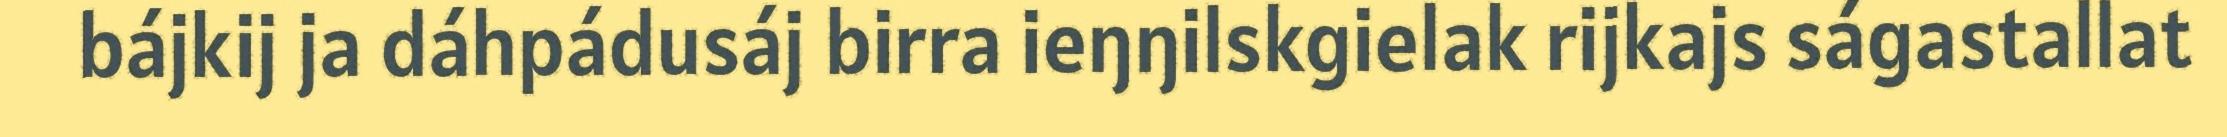
bájkij ja dáhpádusáj birra ieŋŋilskgielak rijkajs ságastallat